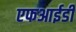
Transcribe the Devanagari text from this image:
एफआईडी